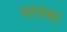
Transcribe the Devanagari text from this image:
जातकां